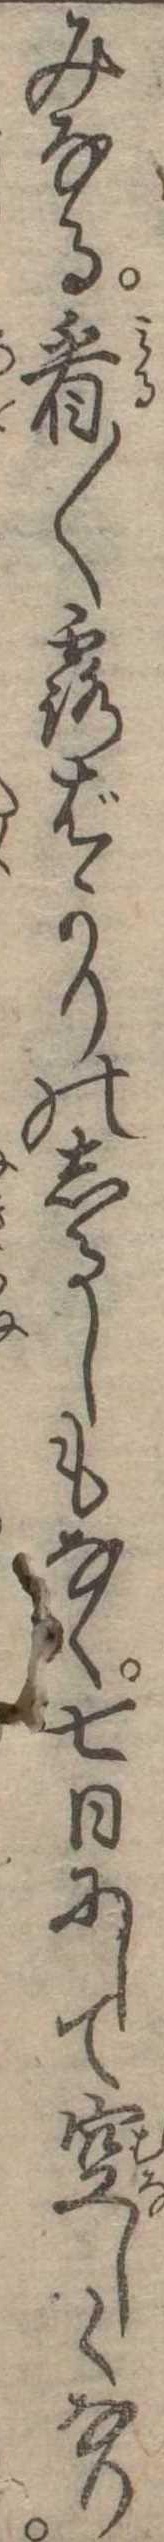
みなる看〱露ばかりのしるしもなく七日にして空しくなり